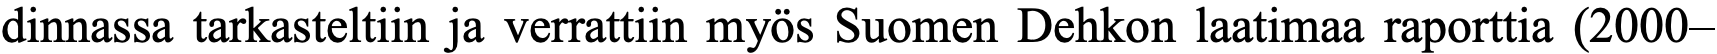
dinnassa tarkasteltiin ja verrattiin myös Suomen Dehkon laatimaa raporttia (2000–